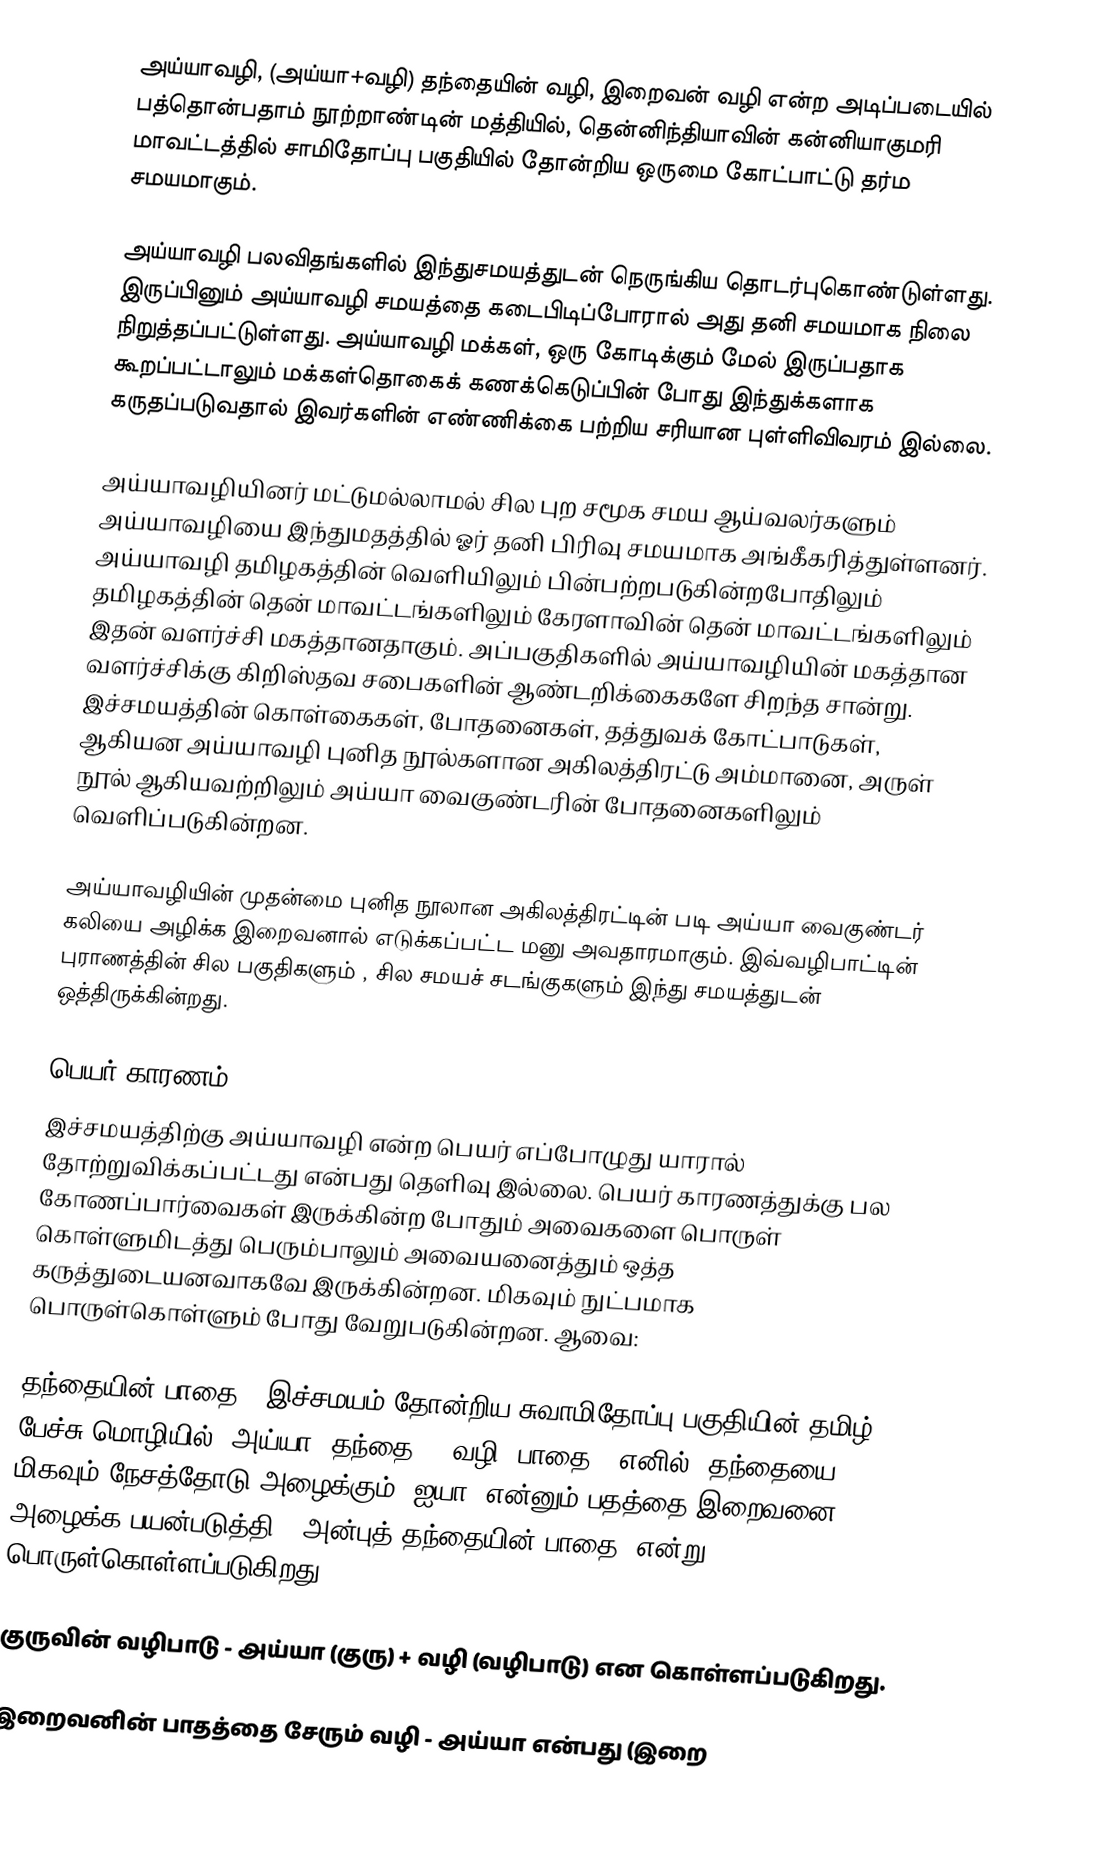
அய்யாவழி, (அய்யா+வழி)  தந்தையின் வழி, இறைவன் வழி என்ற அடிப்படையில் பத்தொன்பதாம் நூற்றாண்டின் மத்தியில், தென்னிந்தியாவின் கன்னியாகுமரி மாவட்டத்தில் சாமிதோப்பு பகுதியில் தோன்றிய ஒருமை கோட்பாட்டு தர்ம சமயமாகும்.

அய்யாவழி பலவிதங்களில் இந்துசமயத்துடன் நெருங்கிய தொடர்புகொண்டுள்ளது. இருப்பினும் அய்யாவழி சமயத்தை கடைபிடிப்போரால் அது தனி சமயமாக நிலை நிறுத்தப்பட்டுள்ளது. அய்யாவழி மக்கள்,  ஒரு கோடிக்கும் மேல் இருப்பதாக கூறப்பட்டாலும் மக்கள்தொகைக் கணக்கெடுப்பின் போது இந்துக்களாக கருதப்படுவதால் இவர்களின் எண்ணிக்கை பற்றிய சரியான புள்ளிவிவரம் இல்லை.

அய்யாவழியினர் மட்டுமல்லாமல் சில புற சமூக சமய ஆய்வலர்களும் அய்யாவழியை இந்துமதத்தில் ஓர் தனி பிரிவு சமயமாக அங்கீகரித்துள்ளனர். அய்யாவழி தமிழகத்தின் வெளியிலும் பின்பற்றபடுகின்றபோதிலும் தமிழகத்தின் தென் மாவட்டங்களிலும் கேரளாவின் தென் மாவட்டங்களிலும் இதன் வளர்ச்சி மகத்தானதாகும். அப்பகுதிகளில் அய்யாவழியின் மகத்தான வளர்ச்சிக்கு கிறிஸ்தவ சபைகளின் ஆண்டறிக்கைகளே சிறந்த சான்று. இச்சமயத்தின் கொள்கைகள், போதனைகள், தத்துவக் கோட்பாடுகள், ஆகியன அய்யாவழி புனித நூல்களான அகிலத்திரட்டு அம்மானை, அருள் நூல் ஆகியவற்றிலும் அய்யா வைகுண்டரின் போதனைகளிலும் வெளிப்படுகின்றன.

அய்யாவழியின் முதன்மை புனித நூலான அகிலத்திரட்டின் படி அய்யா வைகுண்டர் கலியை அழிக்க இறைவனால் எடுக்கப்பட்ட மனு அவதாரமாகும். இவ்வழிபாட்டின் புராணத்தின் சில பகுதிகளும் , சில சமயச் சடங்குகளும் இந்து சமயத்துடன் ஒத்திருக்கின்றது.

பெயர் காரணம்
இச்சமயத்திற்கு அய்யாவழி என்ற பெயர் எப்போழுது யாரால் தோற்றுவிக்கப்பட்டது என்பது தெளிவு இல்லை. பெயர் காரணத்துக்கு பல கோணப்பார்வைகள் இருக்கின்ற போதும் அவைகளை பொருள் கொள்ளுமிடத்து பெரும்பாலும் அவையனைத்தும் ஒத்த கருத்துடையனவாகவே இருக்கின்றன. மிகவும் நுட்பமாக பொருள்கொள்ளும் போது வேறுபடுகின்றன. ஆவை:

 தந்தையின் பாதை - இச்சமயம் தோன்றிய சுவாமிதோப்பு பகுதியின் தமிழ் பேச்சு மொழியில், அய்யா (தந்தை) + வழி (பாதை). எனில், தந்தையை மிகவும் நேசத்தோடு அழைக்கும் 'ஐயா' என்னும் பதத்தை இறைவனை அழைக்க பயன்படுத்தி, 'அன்புத் தந்தையின் பாதை' என்று பொருள்கொள்ளப்படுகிறது.

 குருவின் வழிபாடு - அய்யா (குரு) + வழி (வழிபாடு) என கொள்ளப்படுகிறது.

 இறைவனின் பாதத்தை சேரும் வழி - அய்யா என்பது (இறை